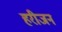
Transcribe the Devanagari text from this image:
हरीजन